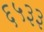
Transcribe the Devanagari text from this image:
६५३३